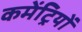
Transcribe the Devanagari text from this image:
कमेंट्रियों